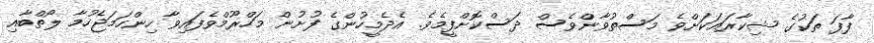
ފާފަ ތަކުގެ ޝިކާރައަކަށްވެ މަސްތުވާންވެސް ދަސްކޮށްފީމެވެ. އެދެމީހުންގެ ފުށުން މަހްރޫމްވެފައިވާ ހިންހަމަޖެހުމާ ލޯތްބާއި